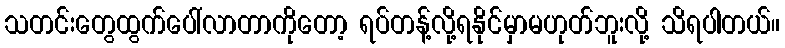
သတင်းတွေထွက်ပေါ်လာတာကိုတော့ ရပ်တန့်လို့ရနိုင်မှာမဟုတ်ဘူးလို့ သိရပါတယ်။